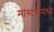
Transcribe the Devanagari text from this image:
मास्टर्समध्ये